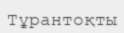
Тұрантоқты